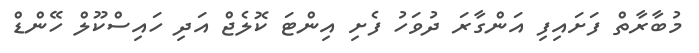
މުބާރާތް ފަށައިފި އަންގާރަ ދުވަހު ފެށި އިންޓަ ކޮލެޖް އަދި ހައިސްކޫލް ހޭންޑް